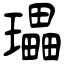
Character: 瓃